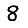
Digit: 8